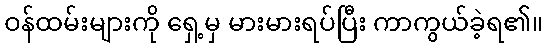
ဝန်ထမ်းများကို ရှေ့မှ မားမားရပ်ပြီး ကာကွယ်ခဲ့ရ၏။